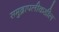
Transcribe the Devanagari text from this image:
समुद्रापलीकडील